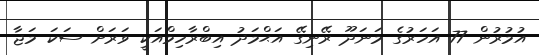
އުމުރުން 77 އަހަރުގެ މަނަދޫ ރޭނިގޭ އަޙްމަދު އިބްރާހިމްއަކީ ވަރަށް ސަކަ މަޖާ